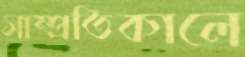
সাম্প্রতিকালে